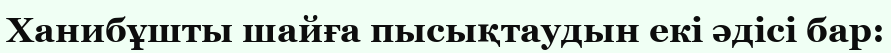
Ханибұшты шайға пысықтаудын екі әдісі бар: